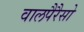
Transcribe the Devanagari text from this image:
वालपैरैसो